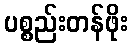
ပစ္စည်းတန်ဖိုး